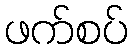
ဖက်စပ်